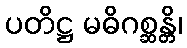
ပတိဋ္ဌ မဓိဂစ္ဆန္တိ၊